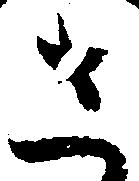
さ